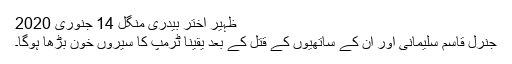
ظہیر اختر بیدری منگل 14 جنوری 2020
جنرل قاسم سلیمانی اور ان کے ساتھیوں کے قتل کے بعد یقینا ٹرمپ کا سیروں خون بڑھا ہوگا۔